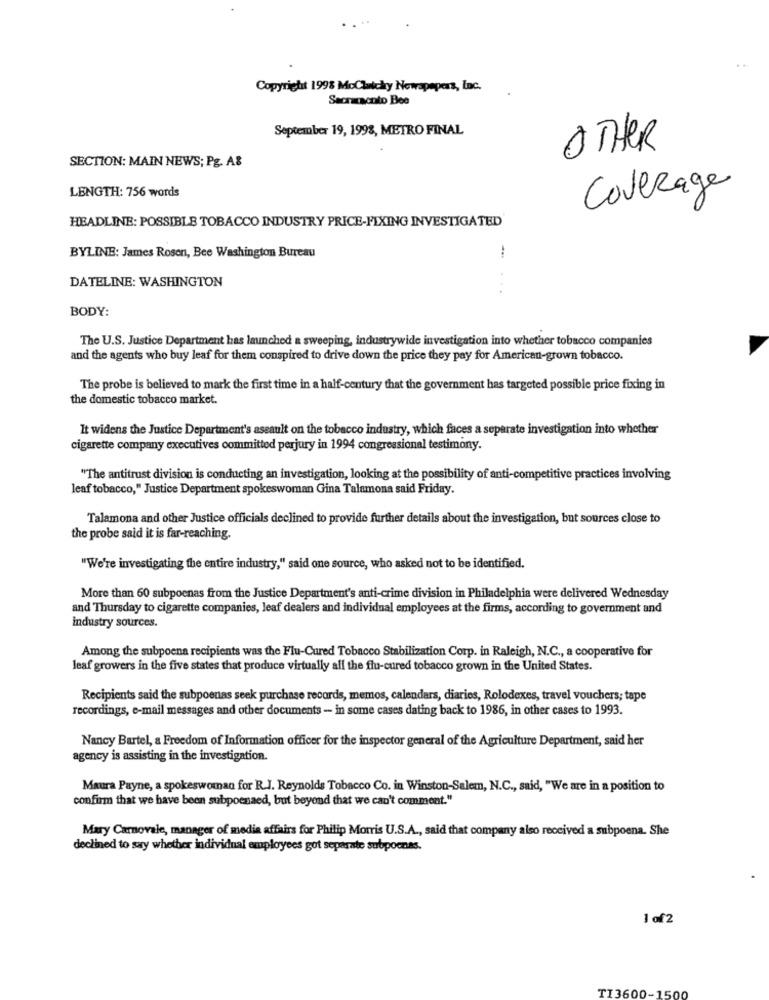
Copyright 1998 MoClicky Nowapepers, Inc.
Sacracacoto Bee
September 19, 1998, METRO FINAL
OTHER
SECTION: MAIN NEWS; Pg. A&
LENGTH: 756 words
Coverage
HEADLINE: POSSIBLE TOBACCO INDUSTRY PRICE-FIXING INVESTIGATED
BYLINE: James Rosen, Bee Washington Bureau
DATELINE: WASHINGTON
BODY:
The U.S. Justice Department has launched a sweeping, industrywide investigation into whether tobacco companies
and the agents who buy leaf for them conspired to drive down the price they pay for American-grown tobacco.
The probe is believed to mark the first time in a half-century that the government has targeted possible price fixing in
the domestic tobacco market.
It widens the Justice Department's assault on the tobacco industry, which faces a separate investigation into whether
cigarette company executives committed perjury in 1994 congressional testimony.
"The antitrust division is conducting an investigation, looking at the possibility of anti-competitive practices involving
leaf tobacco," Justice Department spokeswoman Gina Talamona said Friday.
Talamona and other Justice officials declined to provide further details about the investigation, but sources close to
the probe said it is far-reaching.
"We're investigating the entire industry," said one source, who asked not to be identified.
More than 60 subpoenas from the Justice Department's anti-crime division in Philadelphia were delivered Wednesday
and Thursday to cigarette companies, leaf dealers and individual employees at the firms, according to government and
industry sources.
Among the subpoena recipients was the Flu-Cured Tobacco Stabilization Corp. in Raleigh, N.C ., a cooperative for
leaf growers in the five states that produce virtually all the flu-cured tobacco grown in the United States.
Recipients said the subpoenas seek purchase records, memos, calendars, diaries, Rolodexes, travel vouchers; tape
recordings, e-mail messages and other documents - in some cases dating back to 1986, in other cases to 1993.
Nancy Bartel, & Freedom of Information officer for the inspector general of the Agriculture Department, said her
agency is assisting in the investigation.
Maura Payne, a spokeswoman for R.J. Reynolds Tobacco Co. in Winston-Salem, N.C ., said, "We are in a position to
confirm that we have been subpoenaed, but beyond that we can't comment."
Mary Carnovale, manager of media affairs for Philip Morris U.S.A ., said that company also received a subpoena. She
declined to say whether individual employees got separate subpoenas.
1 of 2
TI3600-1500